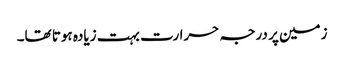
زمین پر درجہ حرارت بہت زیادہ ہوتا تھا۔